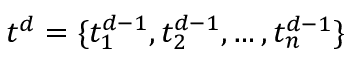
t _ { } ^ { d } = \{ t _ { 1 } ^ { d - 1 } , t _ { 2 } ^ { d - 1 } , \dots , t _ { n } ^ { d - 1 } \}